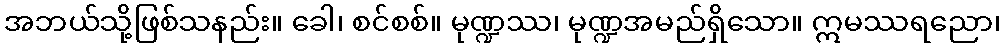
အဘယ်သို့ဖြစ်သနည်း။ ခေါ၊ စင်စစ်။ မုဏ္ဍဿ၊ မုဏ္ဍအမည်ရှိသော။ ဣမဿရညော၊